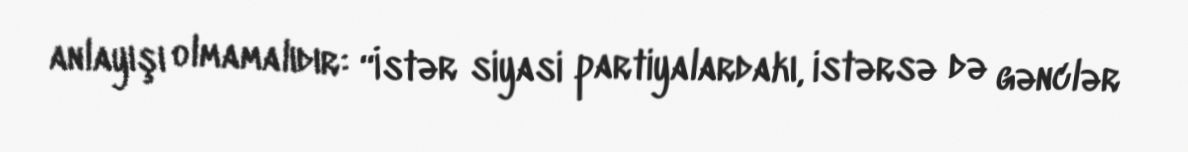
anlayışı olmamalıdır: “İstər siyasi partiyalardakı, istərsə də gənclər